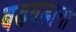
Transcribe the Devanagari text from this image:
बडबडाना